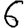
Digit: 6